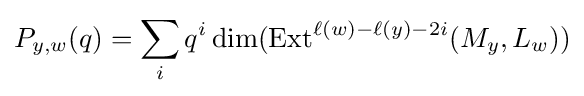
P_{y,w}(q)=\sum _{i}q^{i}\dim(\operatorname {Ext} ^{\ell (w)-\ell (y)-2i}(M_{y},L_{w}))